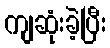
ကျဆုံးခဲ့ပြီး